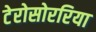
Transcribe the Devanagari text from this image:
टेरोसोररिया